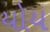
યોય